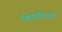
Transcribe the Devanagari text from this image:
विद्यापीठाणी